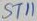
Text: ST11